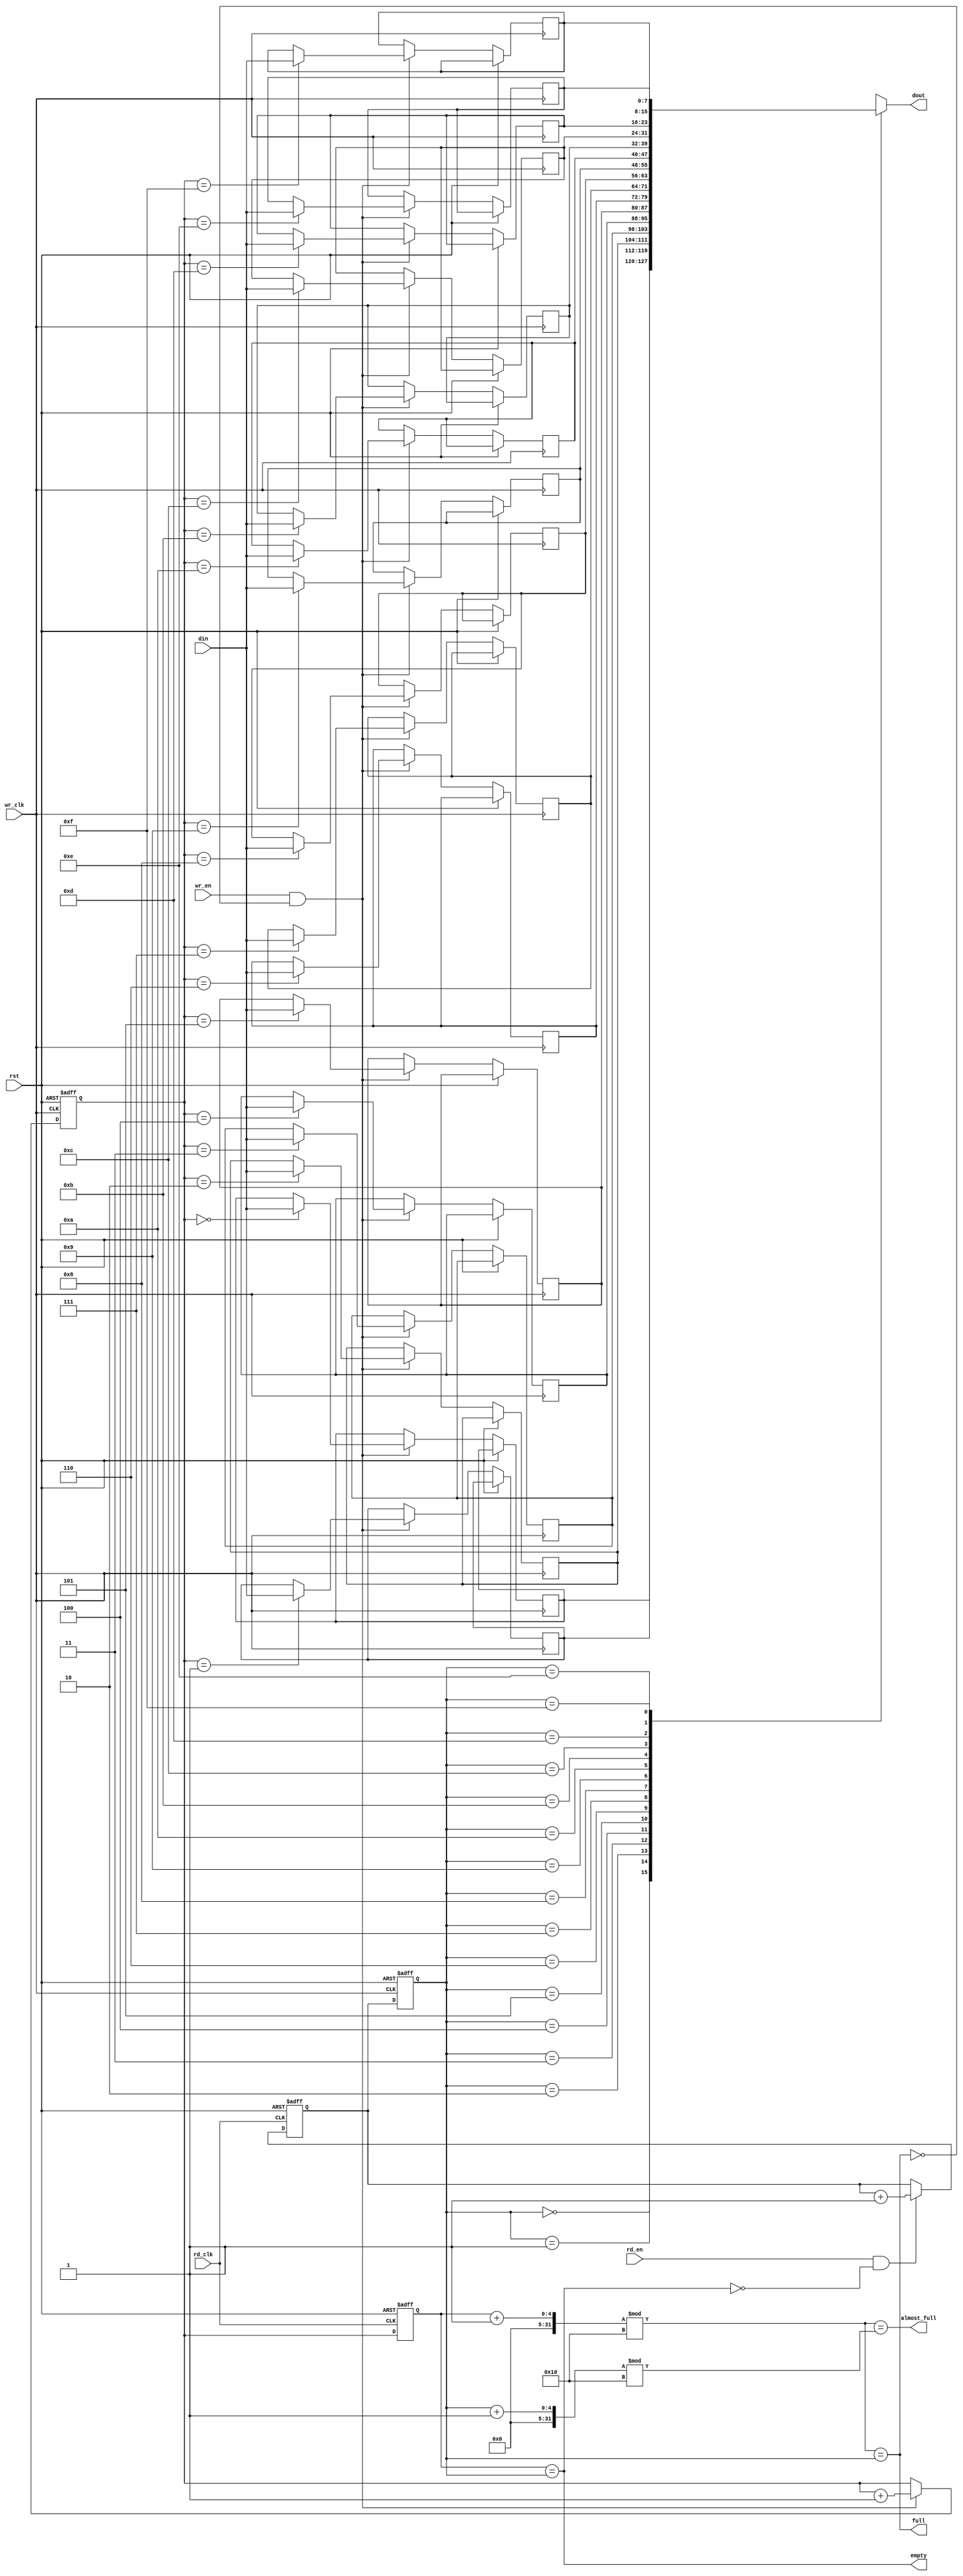
module fifo_synchronizer #(
    parameter DATA_WIDTH = 8,
    parameter FIFO_DEPTH = 16
)(
    input wire wr_clk,        // Write clock (source clock domain)
    input wire rd_clk,        // Read clock (destination clock domain)
    input wire rst,           // Asynchronous reset
    input wire wr_en,         // Write enable
    input wire rd_en,         // Read enable
    input wire [DATA_WIDTH-1:0] din, // Data input
    output wire [DATA_WIDTH-1:0] dout, // Data output
    output wire empty,        // FIFO empty flag
    output wire full,         // FIFO full flag
    output wire almost_full   // FIFO almost full flag
);

    // FIFO memory array
    reg [DATA_WIDTH-1:0] fifo_mem [0:FIFO_DEPTH-1];

    // Write pointer and read pointer
    reg [$clog2(FIFO_DEPTH)-1:0] wr_ptr;
    reg [$clog2(FIFO_DEPTH)-1:0] rd_ptr;

    // Synchronization registers for read and write pointers
    reg [$clog2(FIFO_DEPTH)-1:0] wr_ptr_sync;
    reg [$clog2(FIFO_DEPTH)-1:0] rd_ptr_sync;

    // Write Logic
    always @(posedge wr_clk or posedge rst) begin
        if (rst) begin
            wr_ptr <= 0;
        end else if (wr_en && !full) begin
            fifo_mem[wr_ptr] <= din;
            wr_ptr <= wr_ptr + 1;
        end
    end

    // Read Logic
    always @(posedge rd_clk or posedge rst) begin
        if (rst) begin
            rd_ptr <= 0;
        end else if (rd_en && !empty) begin
            rd_ptr <= rd_ptr + 1;
        end
    end

    // Synchronizing write pointer to the read clock domain
    always @(posedge rd_clk or posedge rst) begin
        if (rst) begin
            wr_ptr_sync <= 0;
        end else begin
            wr_ptr_sync <= wr_ptr; // Synchronize the write pointer
        end
    end

    // Synchronizing read pointer to the write clock domain
    always @(posedge wr_clk or posedge rst) begin
        if (rst) begin
            rd_ptr_sync <= 0;
        end else begin
            rd_ptr_sync <= rd_ptr; // Synchronize the read pointer
        end
    end

    // Output data from the FIFO
    assign dout = fifo_mem[rd_ptr_sync];

    // Status Flags
    assign empty = (wr_ptr_sync == rd_ptr_sync);
    assign full = (wr_ptr_sync + 1) % FIFO_DEPTH == rd_ptr_sync;
    assign almost_full = (wr_ptr_sync + 1) % FIFO_DEPTH == (rd_ptr_sync + 1) % FIFO_DEPTH;

endmodule